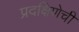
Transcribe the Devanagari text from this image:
प्रदक्षिणेची